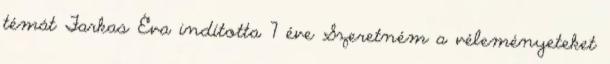
témát Farkas Éva indította 7 éve Szeretném a véleményeteket